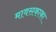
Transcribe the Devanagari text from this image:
मावसकाका